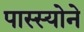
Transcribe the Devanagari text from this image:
पास्स्योने